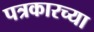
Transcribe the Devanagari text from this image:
पत्रकारच्या